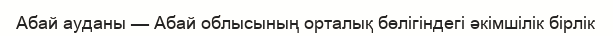
Абай ауданы — Абай облысының орталық бөлігіндегі әкімшілік бірлік